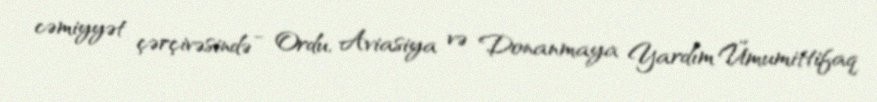
cəmiyyət çərçivəsində - Ordu, Aviasiya və Donanmaya Yardım Ümumittifaq